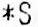
*S